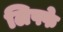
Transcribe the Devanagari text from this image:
लिफ्फे